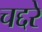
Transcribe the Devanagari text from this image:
चद्दरे